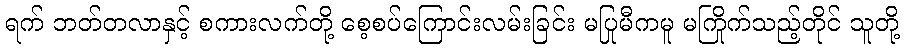
ရက် ဘတ်တလာနှင့် စကားလက်တို့ စေ့စပ်ကြောင်းလမ်းခြင်း မပြုမီကမူ မကြိုက်သည့်တိုင် သူတို့